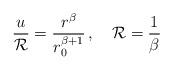
LaTeX: \begin{align*}{u \over {\cal R}}= {r^{\beta} \over r_0^{\beta + 1}}\, , \quad {\cal R} = {1 \over \beta}\end{align*}